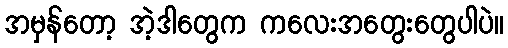
အမှန်တော့ အဲ့ဒါတွေက ကလေးအတွေးတွေပါပဲ။